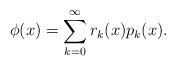
\begin{align*}\phi(x) = \sum_{k=0}^{\infty} r_k(x) p_k(x).\end{align*}